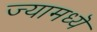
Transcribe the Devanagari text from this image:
ज्यामध्यॆ